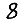
Digit: 8